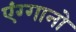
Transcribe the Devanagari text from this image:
एंग्गानो